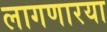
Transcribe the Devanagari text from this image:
लागणारया